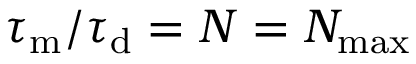
\tau _ { \mathrm { m } } / \tau _ { \mathrm { d } } = N = N _ { \mathrm { m a x } }